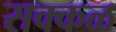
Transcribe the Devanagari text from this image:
सक्‍कळ